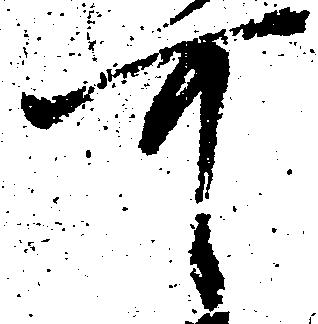
可